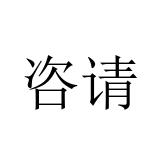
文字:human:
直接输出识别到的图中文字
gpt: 咨请